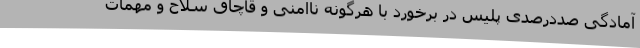
آمادگی صددرصدی پلیس در برخورد با هرگونه ناامنی و قاچاق سلاح و مهمات